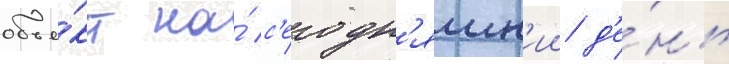
объе́кт на́ с'егодн'яшн'ии д'е́нь